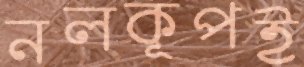
নলকূপই